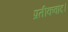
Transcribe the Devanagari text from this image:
प्रतीकवाद।